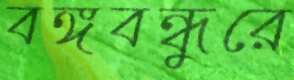
বঙ্গবন্ধুরে